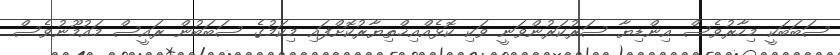
ސަބަބަކީ މިހާރުވެސް އިންޑިޔާ ސަރުކަރުންވަނީ ވަކި ކޮޅެއްއިޚްތިޔާރުކޮށްފައި މިކަމުގެ ސަބަބުން ރައީސް މައުމޫނުވެސް